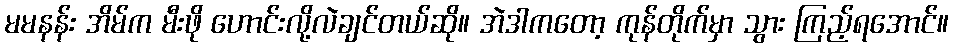
မမနန်း အိမ်က မီးဖို ဟောင်းလို့လဲချင်တယ်ဆို။ အဲဒါကတော့ ကုန်တိုက်မှာ သွား ကြည့်ရအောင်။